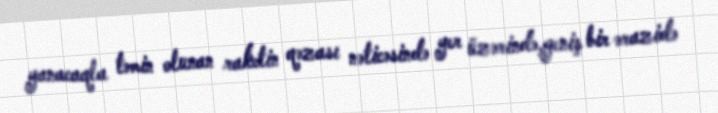
yanacaqla təmin olunan raketin qəzası nəticəsində yer üzərində,geniş bir ərazidə